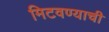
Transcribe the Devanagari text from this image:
मिटवण्याची